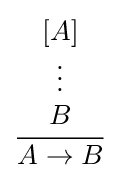
{\frac {\begin{array}{c}[A]\\\vdots \\B\end{array}}{A\to B}}